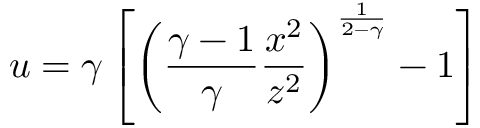
u = \gamma \left[ \left( { \frac { \gamma - 1 } { \gamma } } { \frac { x ^ { 2 } } { z ^ { 2 } } } \right) ^ { \frac { 1 } { 2 - \gamma } } - 1 \right]